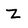
Character: Z